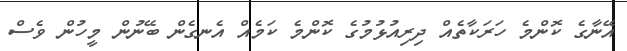
އޭނާގެ ކޮންމެ ހަރަކާތެއް ދިރިއުޅުމުގެ ކޮންމެ ކަމެއް އެނގެން ބޭނުން މީހުން ވެސް